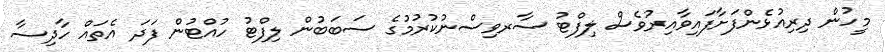
މީހުން ދިރިއުޅެންފަށާފައިވާއިރުވެސް ލިފްޓު ސާރވިސްނުކުރުމުގެ ސަބަބުން ލިފްޓު ހުއްޓުން ފަދަ އެތައް ހާދިސާ